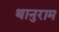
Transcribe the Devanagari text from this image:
थानुराम